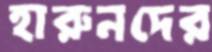
হারুনদের